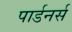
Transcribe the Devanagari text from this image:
पार्डनर्स